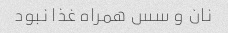
نان و سس همراه غذا نبود